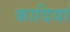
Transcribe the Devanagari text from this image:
कादियां